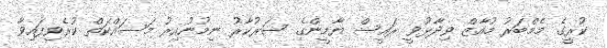
ކުރީގެ މެމްބަރު މުއާޒް ވިދާޅުވީ ރައީސް ޔާމީންގެ ސަރުކާރު ނިމުނުއިރު މަސައްކަތް ކުރެވިފައިވާ